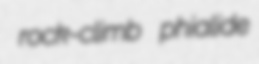
rock-climb phialide